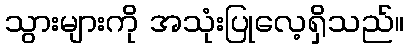
သွားများကို အသုံးပြုလေ့ရှိသည်။